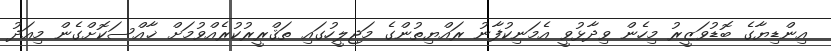
އިންޑިޔާގެ ބޮޑުވަޒީރު މިހެން ވިދާޅުވީ އެމަނިކުފާނު ރައްޔިތުންގެ މަޖިލީހުގައި ތަޤްރީރުކުރެއްވުމަށް ޚާއްސަކޮށްގެން މިއަދު